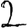
Digit: 2